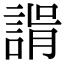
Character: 𧩑